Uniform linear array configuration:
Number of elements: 32
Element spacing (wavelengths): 0.75
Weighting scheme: cosine
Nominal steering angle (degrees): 45
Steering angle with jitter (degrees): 43.407
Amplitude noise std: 0.05
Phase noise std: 0.05

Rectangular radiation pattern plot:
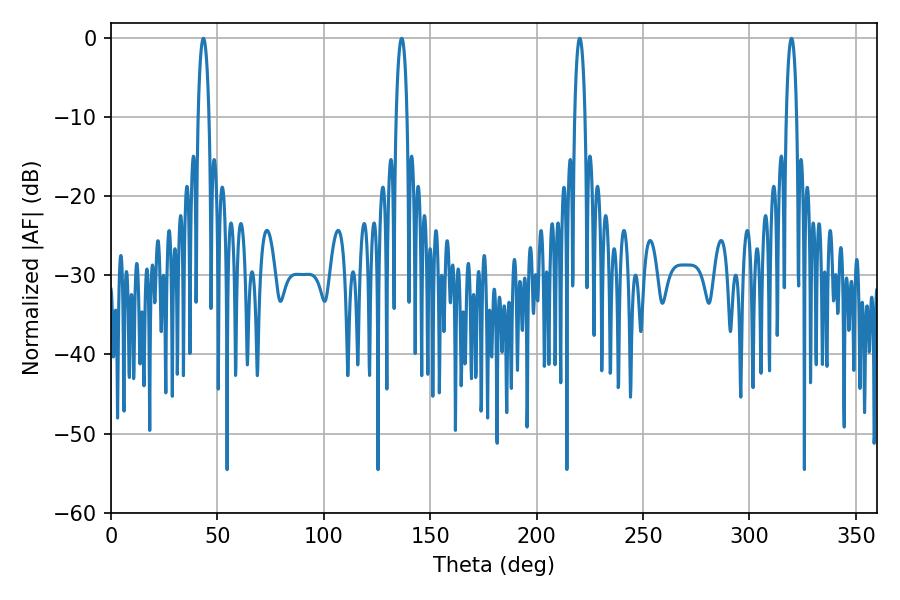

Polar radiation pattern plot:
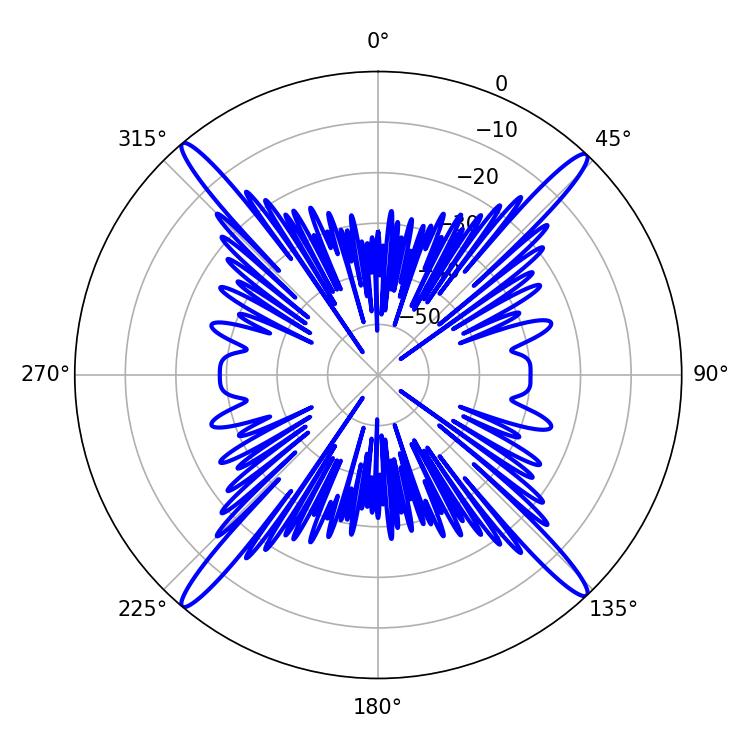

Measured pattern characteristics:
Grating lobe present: TRUE
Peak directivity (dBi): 23.839
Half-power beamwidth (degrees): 2.88
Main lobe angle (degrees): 43.38